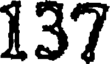
137